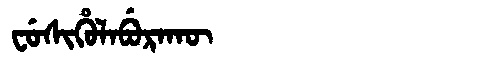
Manchu: ᠸᡠᠰᡳᡥᡠᠯᠠᠪᡠᡵᠠᡴᡡ
Romanization: FUSIHULABURAKŪ